Report on sanitation, dispensaries, and jails in Rajputana for 1919, and on vaccination for the year 1919-1920 - 1919-1920
Year: 1919
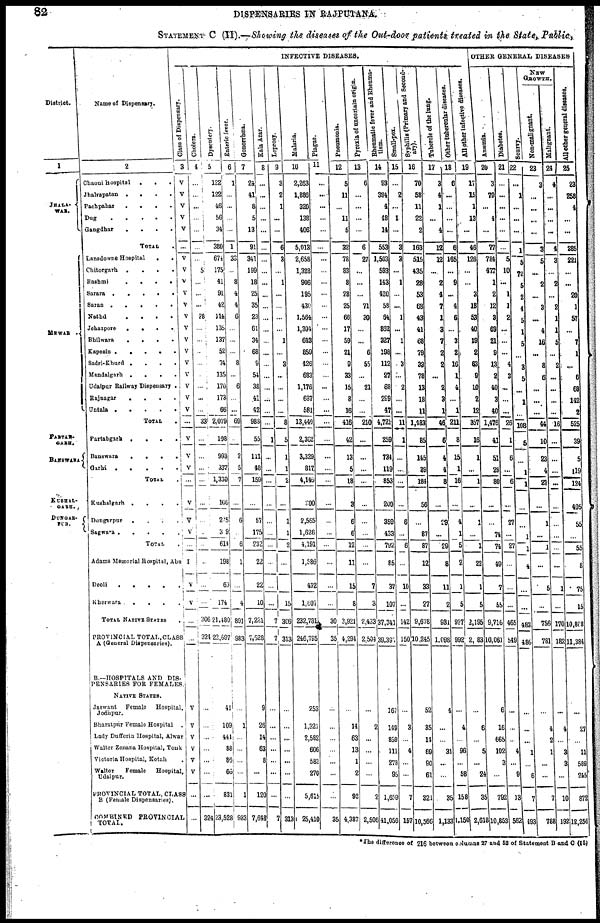
82
DISPENSARIES IN RAJPUTANA.
STATEMENT C (II).—Showing the diseases of the Out-door patients treated in the State, Public,
District.
1
JHALA¬
WAR.
MEWAR .
PARTAB¬
GARH.
BANSWARA
KUSHAL¬
GARH.
DUNGAR¬
PUR.
Name of Dispensary.
2
Chaoni hospital
.
.
.
Jhalrapatan .
. . .
Pachpahar
.
.
. .
Dug
.
.
.
.
.
Gangdhar
.
.
.
.
TOTAL .
Lansdowne Hospital
.
.
Chitorgarh
. . . .
Rashmi
.
.
.
.
Sarara .
.
.
.
.
Saran
.
.
.
. .
Nathd
.
.
.
.
Jehazpore
.
.
.
.
Bhilwara
.
.
.
.
Kapasin .
.
.
.
.
Sadri-Khurd . . . .
Mandalgarh .
.
. .
Udaipur Railway Dispensary .
Rajnagar
.
.
. .
Untala .
.
.
.
.
TOTAL .
Partabgarh .
.
.
.
Banswara
.
.
.
.
Garhi .
.
.
.
.
TOTAL .
Kushalgarh .
.
.
.
Dungarpur .
.
.
.
Sagwara .
.
.
.
.
TOTAL .
Adams Memorial Hospital, Abu
Deoli
.
.
.
.
.
Kherwara . .
.
.
.
TOTAL NATIVE STATES
.
PROVINCIAL TOTAL,CLASS
A (General Dispensaries).
B.— HOSPITALS AND DIS¬
PENSARIES FOR FEMALES.
NATIVE STATES.
Jaswant Female
Hospital,
Jodhpur.
Bharatpur Female Hospital .
Lady Dufferin Hospital, Alwar
Walter Zenana Hospital, Tonk
Victoria Hospital, Kotah .
Walter
Female
Hospital,
Udaipur.
PROVINCIAL TOTAL, CLASS
B (Female Dispensaries).
COMBINED PROVINCIAL
TOTAL.
INFECTIVE DISEASES.
Class of Dispensary.
3
V
V
V
V
V
...
V
V
V
V
V
V
V
V
V
V
V
V
V
V
...
V
V
V
...
V
V
V
...
I
V
V
...
...
V
V
V
V
V
V
...
...
Cholera.
4
...
...
...
...
...
...
...
5
...
...
...
28
...
...
...
...
...
...
...
...
33
...
...
...
...
...
...
...
...
...
...
...
306
324
...
...
...
...
...
...
...
324
Dysentery.
5
122
122
46
56
34
380
674
175
41
91
42
114
135
137
52
74
135
170
173
66
2,079
108
993
337
1,330
106
205
30 9
614
198
60
174
21,480
22,697
41
109
441
88
86
66
831
23,528
Enteric fever.
6
1
...
...
...
...
1
33
...
3
4
4
6
...
...
...
8
...
6
...
...
69
...
2
5
7
...
6
...
6
1
...
4
891
983
...
1
...
...
...
...
1
983
Gonorrhœa.
7
24
41
8
5
13
91
341
199
18
25
35
23
61
34
68
9
54
38
41
42
988
55
111
48
159
...
57
175
232
22
22
10
7,221
7,528
9
26
14
63
8
...
120
7,648
Kala Azar.
8
...
...
...
...
...
...
...
...
...
...
...
...
...
...
...
...
...
...
...
...
...
1
...
...
...
...
...
...
...
...
...
...
7
7
...
...
...
...
...
...
...
7
Leprosy.
9
3
2
1
...
...
6
3
...
1
...
...
...
...
1
...
3
...
...
...
...
8
5
1
1
2
...
1
1
2
...
...
15
306
313
...
...
...
...
...
...
...
313
Malaria.
10
2,263
1,886
320
138
406
5,013
2,658
1,328
906
195
430
1,564
1,304
643
859
426
683
1,176
637
581
13,440
2,362
3,329
817
4,146
300
2,565
1,626
4,191
1,586
432
1,607
232,781
246,795
253
1,321
2,582
606
583
270
5,615
25,410
Plague.
11
...
...
...
...
...
...
...
...
...
...
...
...
...
...
...
...
...
...
...
...
...
...
...
...
...
...
...
...
...
...
...
...
30
35
...
...
...
...
...
...
...
35
Pneumonia.
12
5
11
...
11
5
32
78
83
8
28
25
66
17
59
21
9
33
15
8
16
416
42
13
5
18
3
6
6
12
11
15
8
3,921
4,294
...
14
63
13
1
2
92
4,387
Pyrexia of uncertain origin.
13
6
...
...
...
...
6
27
...
...
...
71
30
...
...
6
55
...
21
...
...
210
...
...
...
...
...
...
...
...
...
7
3
2,433
2,504
...
2
...
...
...
...
2
2,506
Rheumatic fever and Rheuma-
tism.
14
93
394
4
48
14
553
1,503
593
143
420
58
64
862
327
198
112
27
68
299
47
4,721
259
734
119
853
200
359
433
792
85
37
107
37,341
39,397
167
149
859
111
278
95
1,659
41,056
Small-pox.
15
...
2
...
1
...
3
3
...
1
...
...
1
...
1
...
3
...
2
...
...
11
1
...
...
...
...
6
...
6
...
10
...
142
150
...
3
...
4
...
...
7
157
Syphilis (Primary and Second¬
ary).
16
70
58
11
22
2
163
515
435
28
53
68
43
41
68
79
33
78
13
18
11
1,483
85
145
29
184
56
...
87
87
12
33
27
9,678
10,245
52
35
14
69
90
61
321
10,566
Tubercle of the lung.
17
3
4
1
...
4
12
12
...
2
4
7
1
3
7
2
2
...
2
3
1
46
6
4
4
8
...
29
...
29
8
11
2
931
1,098
4
...
...
31
...
...
35
1,133
Other tubercular diseases.
18
6
...
...
...
...
6
165
...
9
...
4
6
...
3
2
16
1
4
...
1
211
8
15
1
16
...
4
1
5
2
1
5
927
992
...
4
...
96
...
58
158
1,150
All other infective diseases.
19
17
15
1
13
...
46
126
...
...
3
18
53
40
19
2
63
9
10
2
12
357
16
1
...
1
...
1
...
1
22
1
5
2,195
2, 83
...
6
...
5
...
24
35
2,613
OTHER GENERAL DISEASES
Anæmia.
20
3
70
...
4
...
77
784
477
1
2
12
3
69
21
9
13
2
40
3
40
1,476
41
51
29
80
...
...
74
74
49
7
55
9,716
10,061
6
16
665
102
3
...
792
10,853
Diabetes.
21
...
...
...
...
...
...
5
10
...
1
1
2
...
...
...
4
3
...
...
...
26
1
6
...
6
...
27
...
27
...
...
...
465
549
...
...
...
4
...
9
13
562
Scurvy.
22
...
1
...
...
....
1
5
72
5
2
4
5
1
5
...
3
5
...
1
...
108
5
...
1
1
...
...
1
1
4
...
...
483
486
...
...
...
1
...
6
7
493
NEW
GROWTH.
Non-malignant.
23
3
...
...
...
...
3
5
...
2
...
3
...
4
16
...
8
6
...
...
...
44
10
23
4
27
...
1
...
1
...
5
...
756
781
...
4
2
1
...
...
7
788
Malignant.
24
4
...
...
...
...
4
3
...
2
...
2
1
1
5
...
2
...
...
...
...
16
...
...
...
...
...
...
...
...
...
1
...
170
182
...
4
...
3
3
...
10
192
All
other general diseases.
25
23
258
4
...
...
285
221
...
...
20
1
57
...
7
1
...
6
68
142
2
525
39
5
119
124
405
55
...
55
8
75
15
10,808
11,384
...
27
...
11
589
245
872
12,256
*The difference of 216 between columns 27 and 52 of Statement B and C (II)